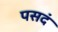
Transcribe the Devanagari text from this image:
पसदं